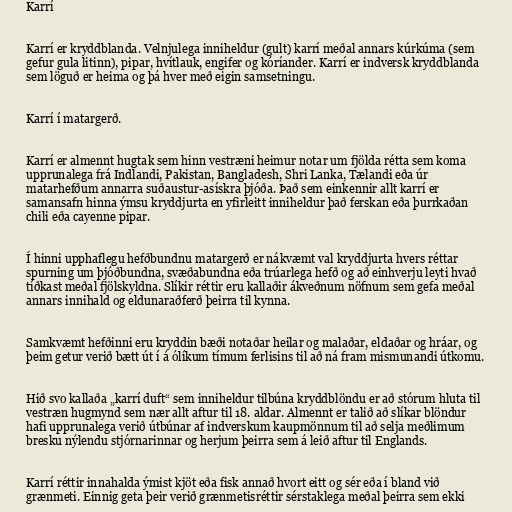
Karrí

Karrí er kryddblanda. Velnjulega inniheldur (gult) karrí meðal annars kúrkúma (sem
gefur gula litinn), pipar, hvítlauk, engifer og kóríander. Karrí er indversk kryddblanda
sem löguð er heima og þá hver með eigin samsetningu.

Karrí í matargerð.

Karrí er almennt hugtak sem hinn vestræni heimur notar um fjölda rétta sem koma
upprunalega frá Indlandi, Pakistan, Bangladesh, Shri Lanka, Tælandi eða úr
matarhefðum annarra suðaustur-asískra þjóða. Það sem einkennir allt karrí er
samansafn hinna ýmsu kryddjurta en yfirleitt inniheldur það ferskan eða þurrkaðan
chili eða cayenne pipar.

Í hinni upphaflegu hefðbundnu matargerð er nákvæmt val kryddjurta hvers réttar
spurning um þjóðbundna, svæðabundna eða trúarlega hefð og að einhverju leyti hvað
tíðkast meðal fjölskyldna. Slíkir réttir eru kallaðir ákveðnum nöfnum sem gefa meðal
annars innihald og eldunaraðferð þeirra til kynna.

Samkvæmt hefðinni eru kryddin bæði notaðar heilar og malaðar, eldaðar og hráar, og
þeim getur verið bætt út í á ólíkum tímum ferlisins til að ná fram mismunandi útkomu.

Hið svo kallaða „karrí duft“ sem inniheldur tilbúna kryddblöndu er að stórum hluta til
vestræn hugmynd sem nær allt aftur til 18. aldar. Almennt er talið að slíkar blöndur
hafi upprunalega verið útbúnar af indverskum kaupmönnum til að selja meðlimum
bresku nýlendu stjórnarinnar og herjum þeirra sem á leið aftur til Englands.

Karrí réttir innahalda ýmist kjöt eða fisk annað hvort eitt og sér eða í bland við
grænmeti. Einnig geta þeir verið grænmetisréttir sérstaklega meðal þeirra sem ekki